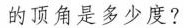
的顶角是多少度?